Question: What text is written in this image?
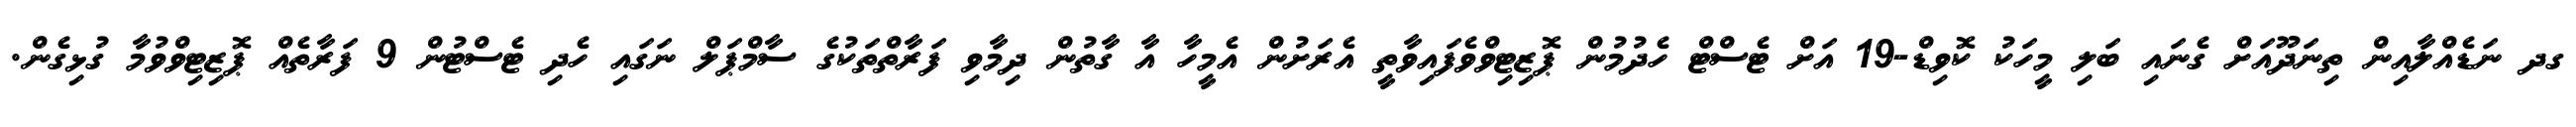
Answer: ގދ ނަޑެއްލާއިން ތިނަދޫއަށް ގެނައި ބަލި މީހަކު ކޮވިޑް-19 އަށް ޓެސްޓް ހެދުމުން ޕޮޒިޓިވްވެފައިވާތީ އެރަށުން އެމީހާ އާ ގާތުން ދިމާވި ފަރާތްތަކުގެ ސާމްޕަލް ނަގައި ހެދި ޓެސްޓުން 9 ފަރާތެއް ޕޮޒިޓިވްވުމާ ގުޅިގެން.